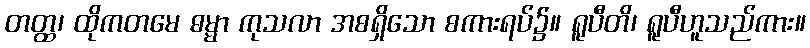
တတ္ထ၊ ထိုကတမေ ဓမ္မာ ကုသလာ အစရှိသော စကားရပ်၌။ ရူပီတိ၊ ရူပီဟူသည်ကား။